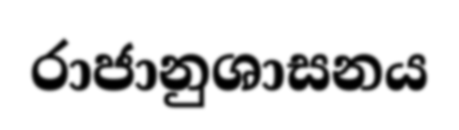
රාජානුශාසනය